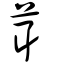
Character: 茸